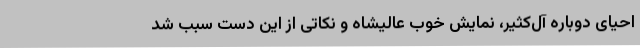
احیای دوباره آل‌کثیر، نمایش خوب عالیشاه و نکاتی از این دست سبب شد